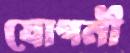
যোগনী